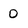
Character: 0